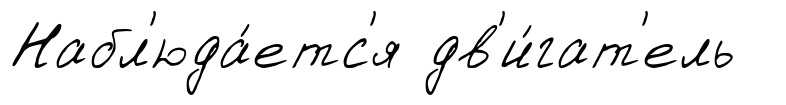
Набл'юда́етс'я дв'и́гат'ель